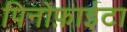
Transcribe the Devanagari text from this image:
पिनोफ़ाईटा